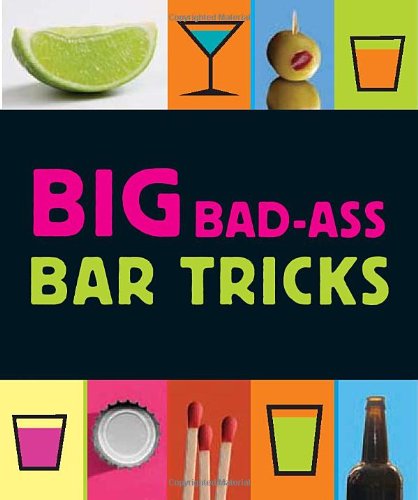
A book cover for Big Bad-Ass Bar Tricks; Jordana Tusman; Humor & Entertainment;